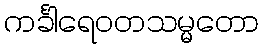
ကင်္ခါရေဝတသမ္မတော